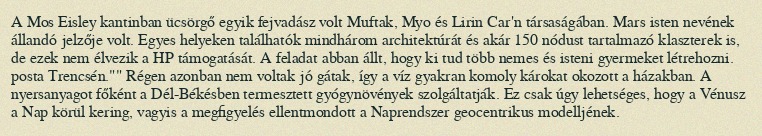
A Mos Eisley kantinban ücsörgő egyik fejvadász volt Muftak, Myo és Lirin Car'n társaságában. Mars isten nevének állandó jelzője volt. Egyes helyeken találhatók mindhárom architektúrát és akár 150 nódust tartalmazó klaszterek is, de ezek nem élvezik a HP támogatását. A feladat abban állt, hogy ki tud több nemes és isteni gyermeket létrehozni. posta Trencsén."" Régen azonban nem voltak jó gátak, így a víz gyakran komoly károkat okozott a házakban. A nyersanyagot főként a Dél-Békésben termesztett gyógynövények szolgáltatják. Ez csak úgy lehetséges, hogy a Vénusz a Nap körül kering, vagyis a megfigyelés ellentmondott a Naprendszer geocentrikus modelljének.